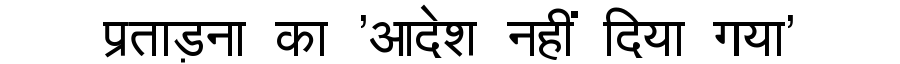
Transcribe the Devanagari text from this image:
प्रताड़ना का 'आदेश नहीं दिया गया'